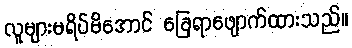
လူများမရိပ်မိအောင် ခြေရာဖျောက်ထားသည်။